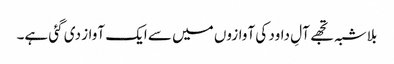
بلاشبہ تجھے آلِ داود کی آوازوں میں سے ایک آواز دی گئی ہے۔